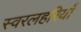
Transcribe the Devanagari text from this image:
स्वरलहरियाँ